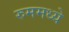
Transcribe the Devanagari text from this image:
रुममध्ये